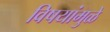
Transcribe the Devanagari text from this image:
विषयांमुळे